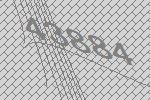
43884